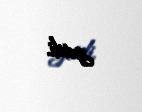
getdi.